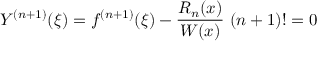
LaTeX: Y ^ { ( n + 1 ) } ( \xi ) = f ^ { ( n + 1 ) } ( \xi ) - { \frac { R _ { n } ( x ) } { W ( x ) } } \ ( n + 1 ) ! = 0